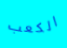
الكعب